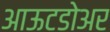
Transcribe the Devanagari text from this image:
आऊटडोअर